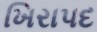
ખિરાપદ